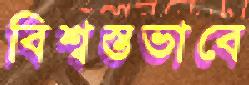
বিশ্বস্তভাবে